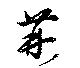
荊